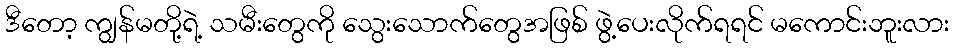
ဒီတော့ ကျွန်မတို့ရဲ့ သမီးတွေကို သွေးသောက်တွေအဖြစ် ဖွဲ့ပေးလိုက်ရရင် မကောင်းဘူးလား